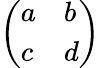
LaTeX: \left(\begin{array}{ll}{a}&{b}\\ {c}&{d}\end{array}\right)